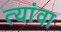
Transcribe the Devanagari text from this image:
त्यांवा